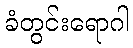
ခံတွင်းရောဂါ